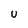
Character: U